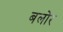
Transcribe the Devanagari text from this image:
बलोर